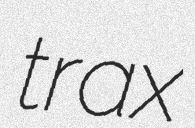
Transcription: trax